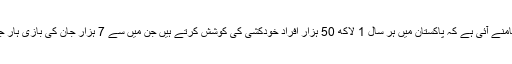
ان اعداد و شمار سے بھی زیادہ خوفناک صورتحال WHO کی حالیہ رپورٹ میں سامنے آئی ہے کہ پاکستان میں ہر سال 1 لاکھ 50 ہزار افراد خودکشی کی کوشش کرتے ہیں جن میں سے 7 ہزار جان کی بازی ہار جاتے ہیں (اسکے علاوہ ہزاروں ایسے واقعات ہیں جو کہیں بھی رپورٹ نہیں ہوتے)۔